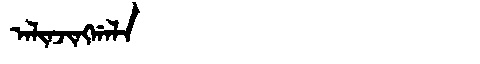
Manchu: ᠠᠯᡳᠨᠵᡳᠩᡤᠠᠯᠠ
Romanization: ALINJINGGALA